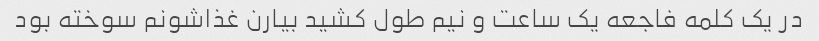
در یک کلمه فاجعه یک ساعت و نیم طول کشید بیارن غذاشونم سوخته بود